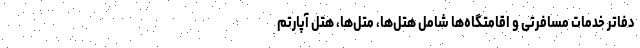
دفاتر خدمات مسافرتی و اقامتگاه‌ها شامل هتل‌ها، متل‌ها، هتل آپارتم